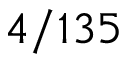
4 / 1 3 5